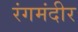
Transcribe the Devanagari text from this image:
रंगमंदीर